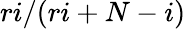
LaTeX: ri/(ri+N-i)